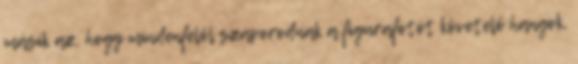
másik az, hogy mindenfelől szaporodnak a figurafotót követelő hangok,